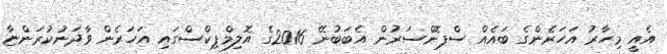
އެއީ މިހާރު އަހަރެންގެ ބައެއް ސްޕޮންސަރުން އެބަބުނޭ 2016ގެ އޮލިމްޕިކްސްގައި އަހަރެން ވާދަނުކުރަންޏާ